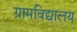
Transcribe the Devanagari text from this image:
ग्रामविद्यालय